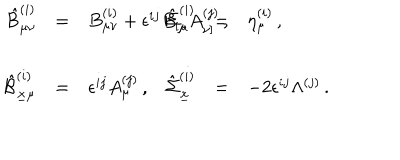
\begin{array} { r c l r c l } { { \hat { \cal B } _ { \mu \nu } ^ { ( i ) } } } & { { = } } & { { B _ { \mu \nu } ^ { ( i ) } + \epsilon ^ { i j } B _ { [ \mu } A _ { \nu ] } ^ { ( j ) } \, , \hspace { 1 c m } } } & { { \hat { \Sigma } _ { \mu } ^ { ( i ) } } } & { { = } } & { { \eta _ { \mu } ^ { ( i ) } \, , } } \\ { { } } & { { } } & { { } } & { { } } & { { } } & { { } } \\ { { \hat { \cal B } _ { \underline { { { x } } } \mu } ^ { ( i ) } } } & { { = } } & { { \epsilon ^ { i j } A _ { \mu } ^ { ( j ) } \, , } } & { { \hat { \Sigma } _ { \underline { { { x } } } } ^ { ( i ) } } } & { { = } } & { { - 2 \epsilon ^ { i j } \Lambda ^ { ( j ) } \, . } } \\ \end{array}